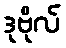
ဒုဗိုလ်